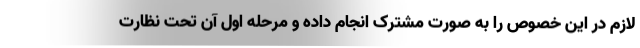
لازم در این خصوص را به صورت مشترک انجام داده و مرحله اول آن تحت نظارت